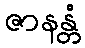
ဇာနန္တံ